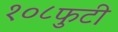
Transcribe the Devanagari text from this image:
१०८फुटी